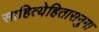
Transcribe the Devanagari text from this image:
साहित्येहितासनुमा